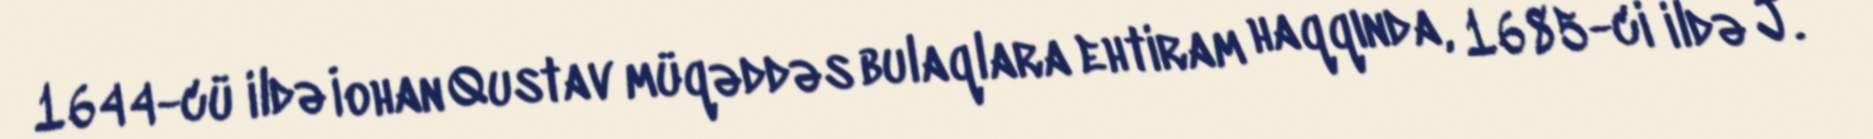
1644-cü ildə İohan Qustav müqəddəs bulaqlara ehtiram haqqında, 1685-ci ildə J.